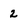
Character: 2